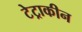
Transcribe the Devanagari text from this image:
टेट्राकीन